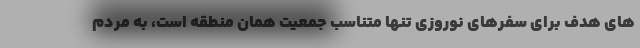
های هدف برای سفرهای نوروزی تنها متناسب جمعیت همان منطقه است، به مردم